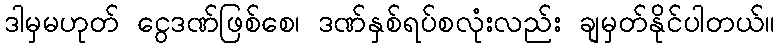
ဒါမှမဟုတ် ငွေဒဏ်ဖြစ်စေ၊ ဒဏ်နှစ်ရပ်စလုံးလည်း ချမှတ်နိုင်ပါတယ်။